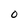
Character: O